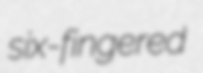
six-fingered